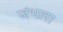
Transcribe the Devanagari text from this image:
जंभला